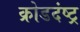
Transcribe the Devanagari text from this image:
क्रोडदंष्ट्र